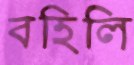
বহিলি